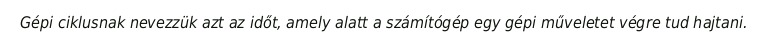
Gépi ciklusnak nevezzük azt az időt, amely alatt a számítógép egy gépi műveletet végre tud hajtani.